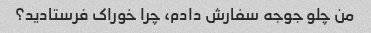
من چلو جوجه سفارش دادم، چرا خوراک فرستادید؟